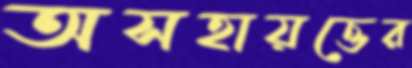
অসহায়ত্তের